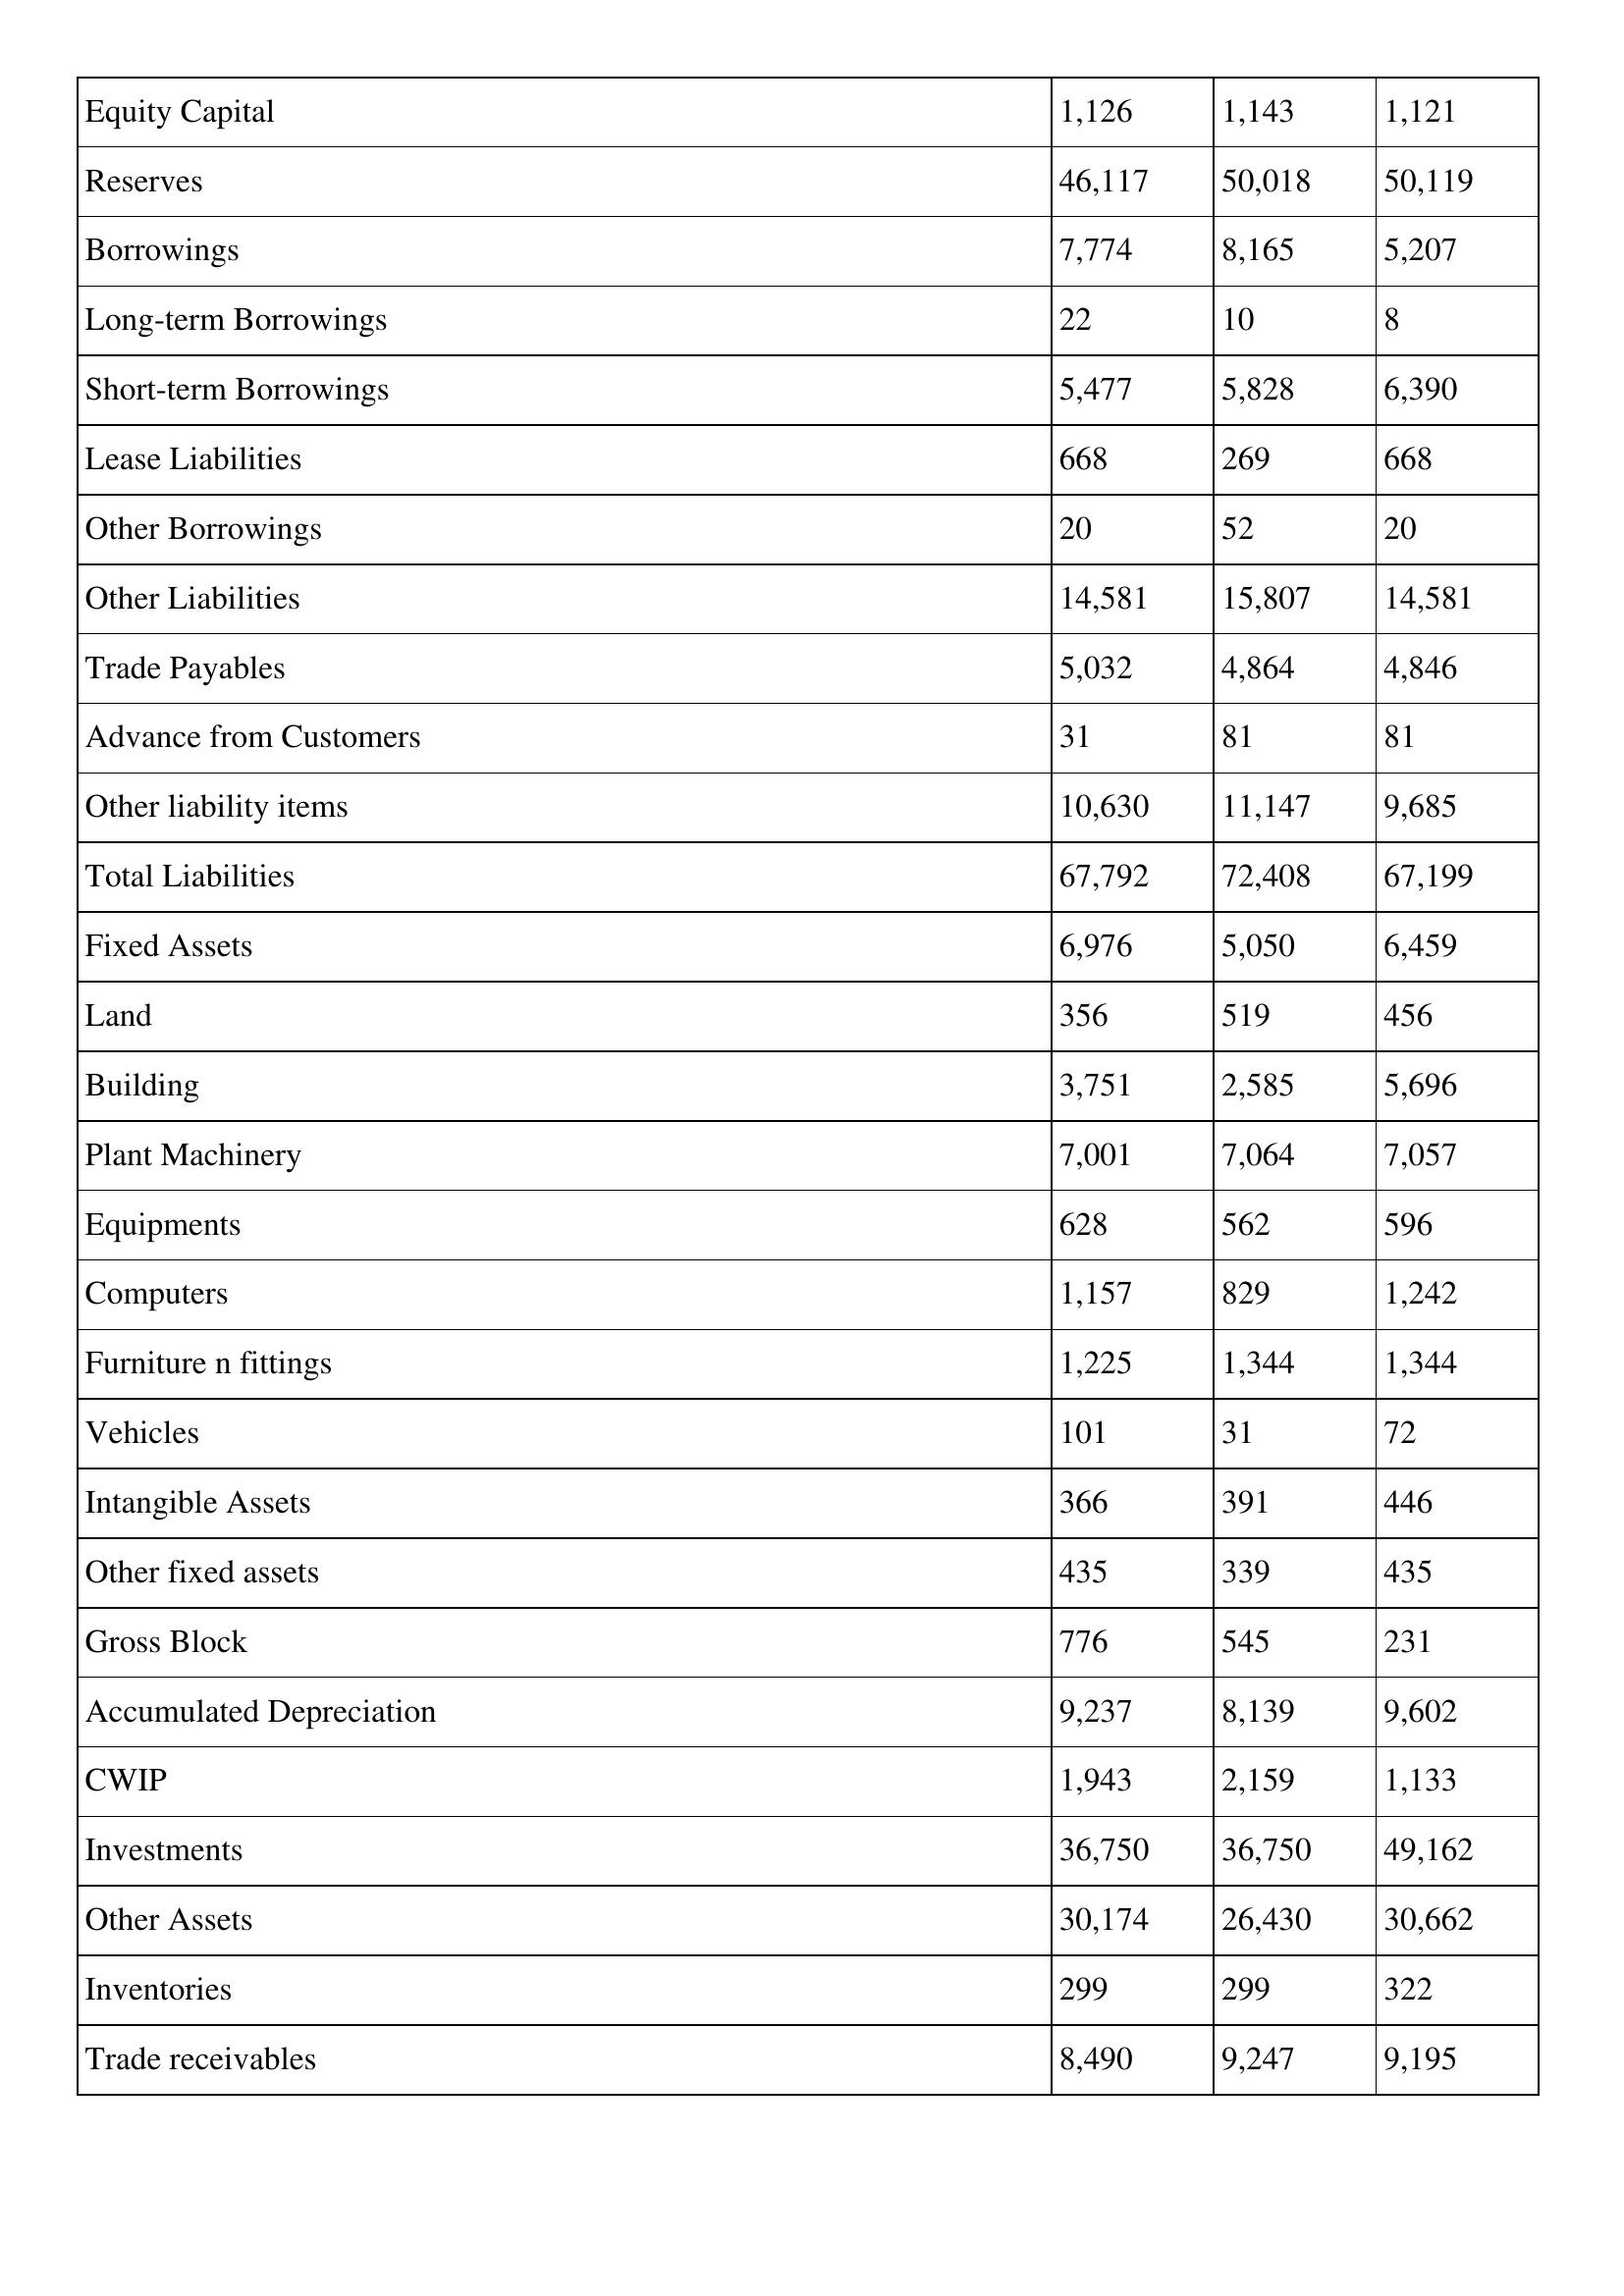
gt_parse: 2002: Balance Sheet: Equity Capital: 1,126
Reserves: 46,117
Borrowings: 7,774
Long-term Borrowings: 22
Short-term Borrowings: 5,477
Lease Liabilities: 668
Other Borrowings: 20
Other Liabilities: 14,581
Trade Payables: 5,032
Advance from Customers: 31
Other liability items: 10,630
Total Liabilities: 67,792
Fixed Assets: 6,976
Land: 356
Building: 3,751
Plant Machinery: 7,001
Equipments: 628
Computers: 1,157
Furniture n fittings: 1,225
Vehicles: 101
Intangible Assets: 366
Other fixed assets: 435
Gross Block: 776
Accumulated Depreciation: 9,237
CWIP: 1,943
Investments: 36,750
Other Assets: 30,174
Inventories: 299
Trade receivables: 8,490
2001: Balance Sheet: Equity Capital: 1,143
Reserves: 50,018
Borrowings: 8,165
Long-term Borrowings: 10
Short-term Borrowings: 5,828
Lease Liabilities: 269
Other Borrowings: 52
Other Liabilities: 15,807
Trade Payables: 4,864
Advance from Customers: 81
Other liability items: 11,147
Total Liabilities: 72,408
Fixed Assets: 5,050
Land: 519
Building: 2,585
Plant Machinery: 7,064
Equipments: 562
Computers: 829
Furniture n fittings: 1,344
Vehicles: 31
Intangible Assets: 391
Other fixed assets: 339
Gross Block: 545
Accumulated Depreciation: 8,139
CWIP: 2,159
Investments: 36,750
Other Assets: 26,430
Inventories: 299
Trade receivables: 9,247
2000: Balance Sheet: Equity Capital: 1,121
Reserves: 50,119
Borrowings: 5,207
Long-term Borrowings: 8
Short-term Borrowings: 6,390
Lease Liabilities: 668
Other Borrowings: 20
Other Liabilities: 14,581
Trade Payables: 4,846
Advance from Customers: 81
Other liability items: 9,685
Total Liabilities: 67,199
Fixed Assets: 6,459
Land: 456
Building: 5,696
Plant Machinery: 7,057
Equipments: 596
Computers: 1,242
Furniture n fittings: 1,344
Vehicles: 72
Intangible Assets: 446
Other fixed assets: 435
Gross Block: 231
Accumulated Depreciation: 9,602
CWIP: 1,133
Investments: 49,162
Other Assets: 30,662
Inventories: 322
Trade receivables: 9,195